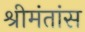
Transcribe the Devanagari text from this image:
श्रीमंतांस